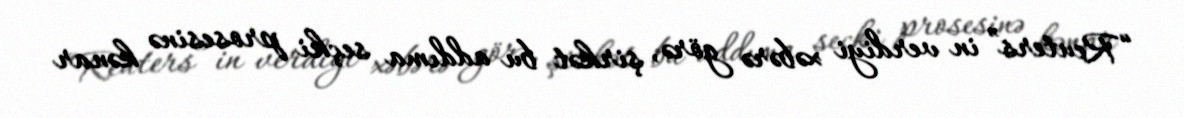
“Reuters” in verdiyi xəbərə görə, şirkət bu addıma seçki prosesinə kənar